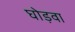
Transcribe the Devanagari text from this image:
घोड़वा